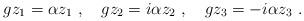
LaTeX: \begin{align*}gz_1=\alpha z_1~,~~~gz_2=i\alpha z_2~,~~~gz_3=-i\alpha z_3~.\end{align*}